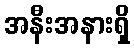
အနီးအနားရှိ